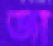
জা